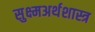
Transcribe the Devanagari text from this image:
सुक्ष्मअर्थशास्त्र